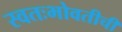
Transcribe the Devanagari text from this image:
स्वतःभोवतीची